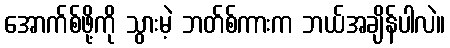
အောက်စ်ဖို့ကို သွားမဲ့ ဘတ်စ်ကားက ဘယ်အချိန်ပါလဲ။